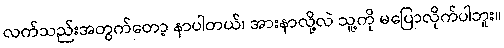
လက်သည်းအတွက်တော့ နာပါတယ်၊ အားနာလို့လဲ သူ့ကို မပြောလိုက်ပါဘူး။